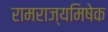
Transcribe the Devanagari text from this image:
रामराज्यमिषेक